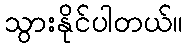
သွားနိုင်ပါတယ်။